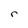
Character: r